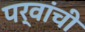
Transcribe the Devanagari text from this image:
पर्वांची